Vaccination Hyderabad 1872-1889 - 1872-1889
Year: 1872
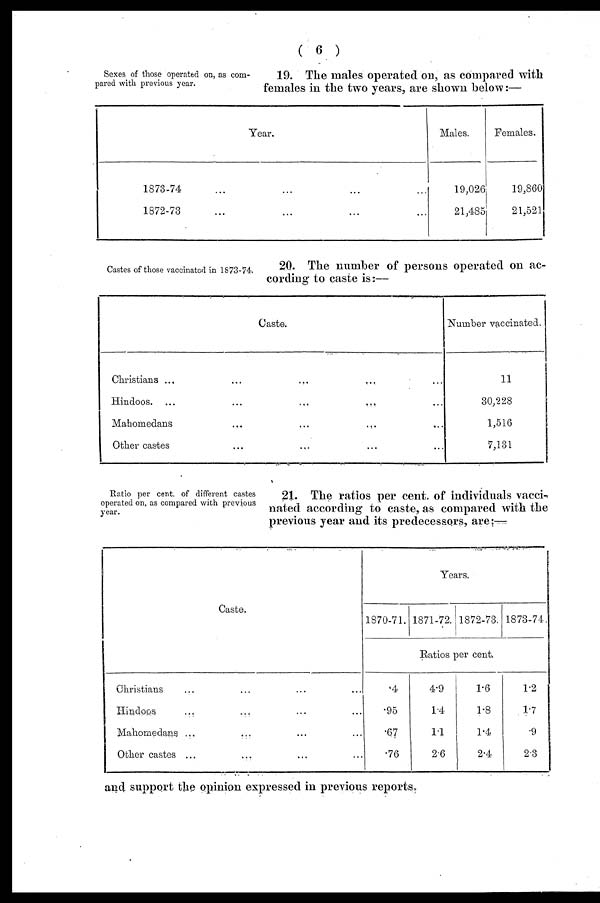
( 6 )
Sexes of those operated on, as com-
pared with previous year.
19. The males operated on, as compared with
females in the two years, are shown below:—
Year.
1873-74 ... ... ... ...
1872-73 ... ... ... ...
Males.
19,026
21,485
Females.
19,860
21,521
Castes of those vaccinated in 1873-74.
20. The number of persons operated on ac-
cording to caste is:—
Caste.
Christians ...
...
...
... ...
Hindoos. ...
...
...
... ...
Mahomedans
...
...
... ...
Other castes ... ... ... ...
Number vaccinated.
11
30,228
1,516
7,131
Ratio per cent. of different castes
operated on, as compared with previous
year.
21. The ratios per cent. of individuals vacci-
nated according to caste, as compared with the
previous year and its predecessors, are:—
Caste.
Christians ... ... ... ...
Hindoos
...
... ... ...
Mahomedans ...
... ... ...
Other castes ...
... ... ...
Years.
1870-71. 1871-72. 1872-73. 1873-74.
Ratios per cent.
.4
.95
.67
.76
4.9
1.4
1.1
2.6
1.6
1.8
1.4
2.4
1.2
1.7
.9
2.3
and support the opinion expressed in previous reports.